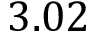
3 . 0 2